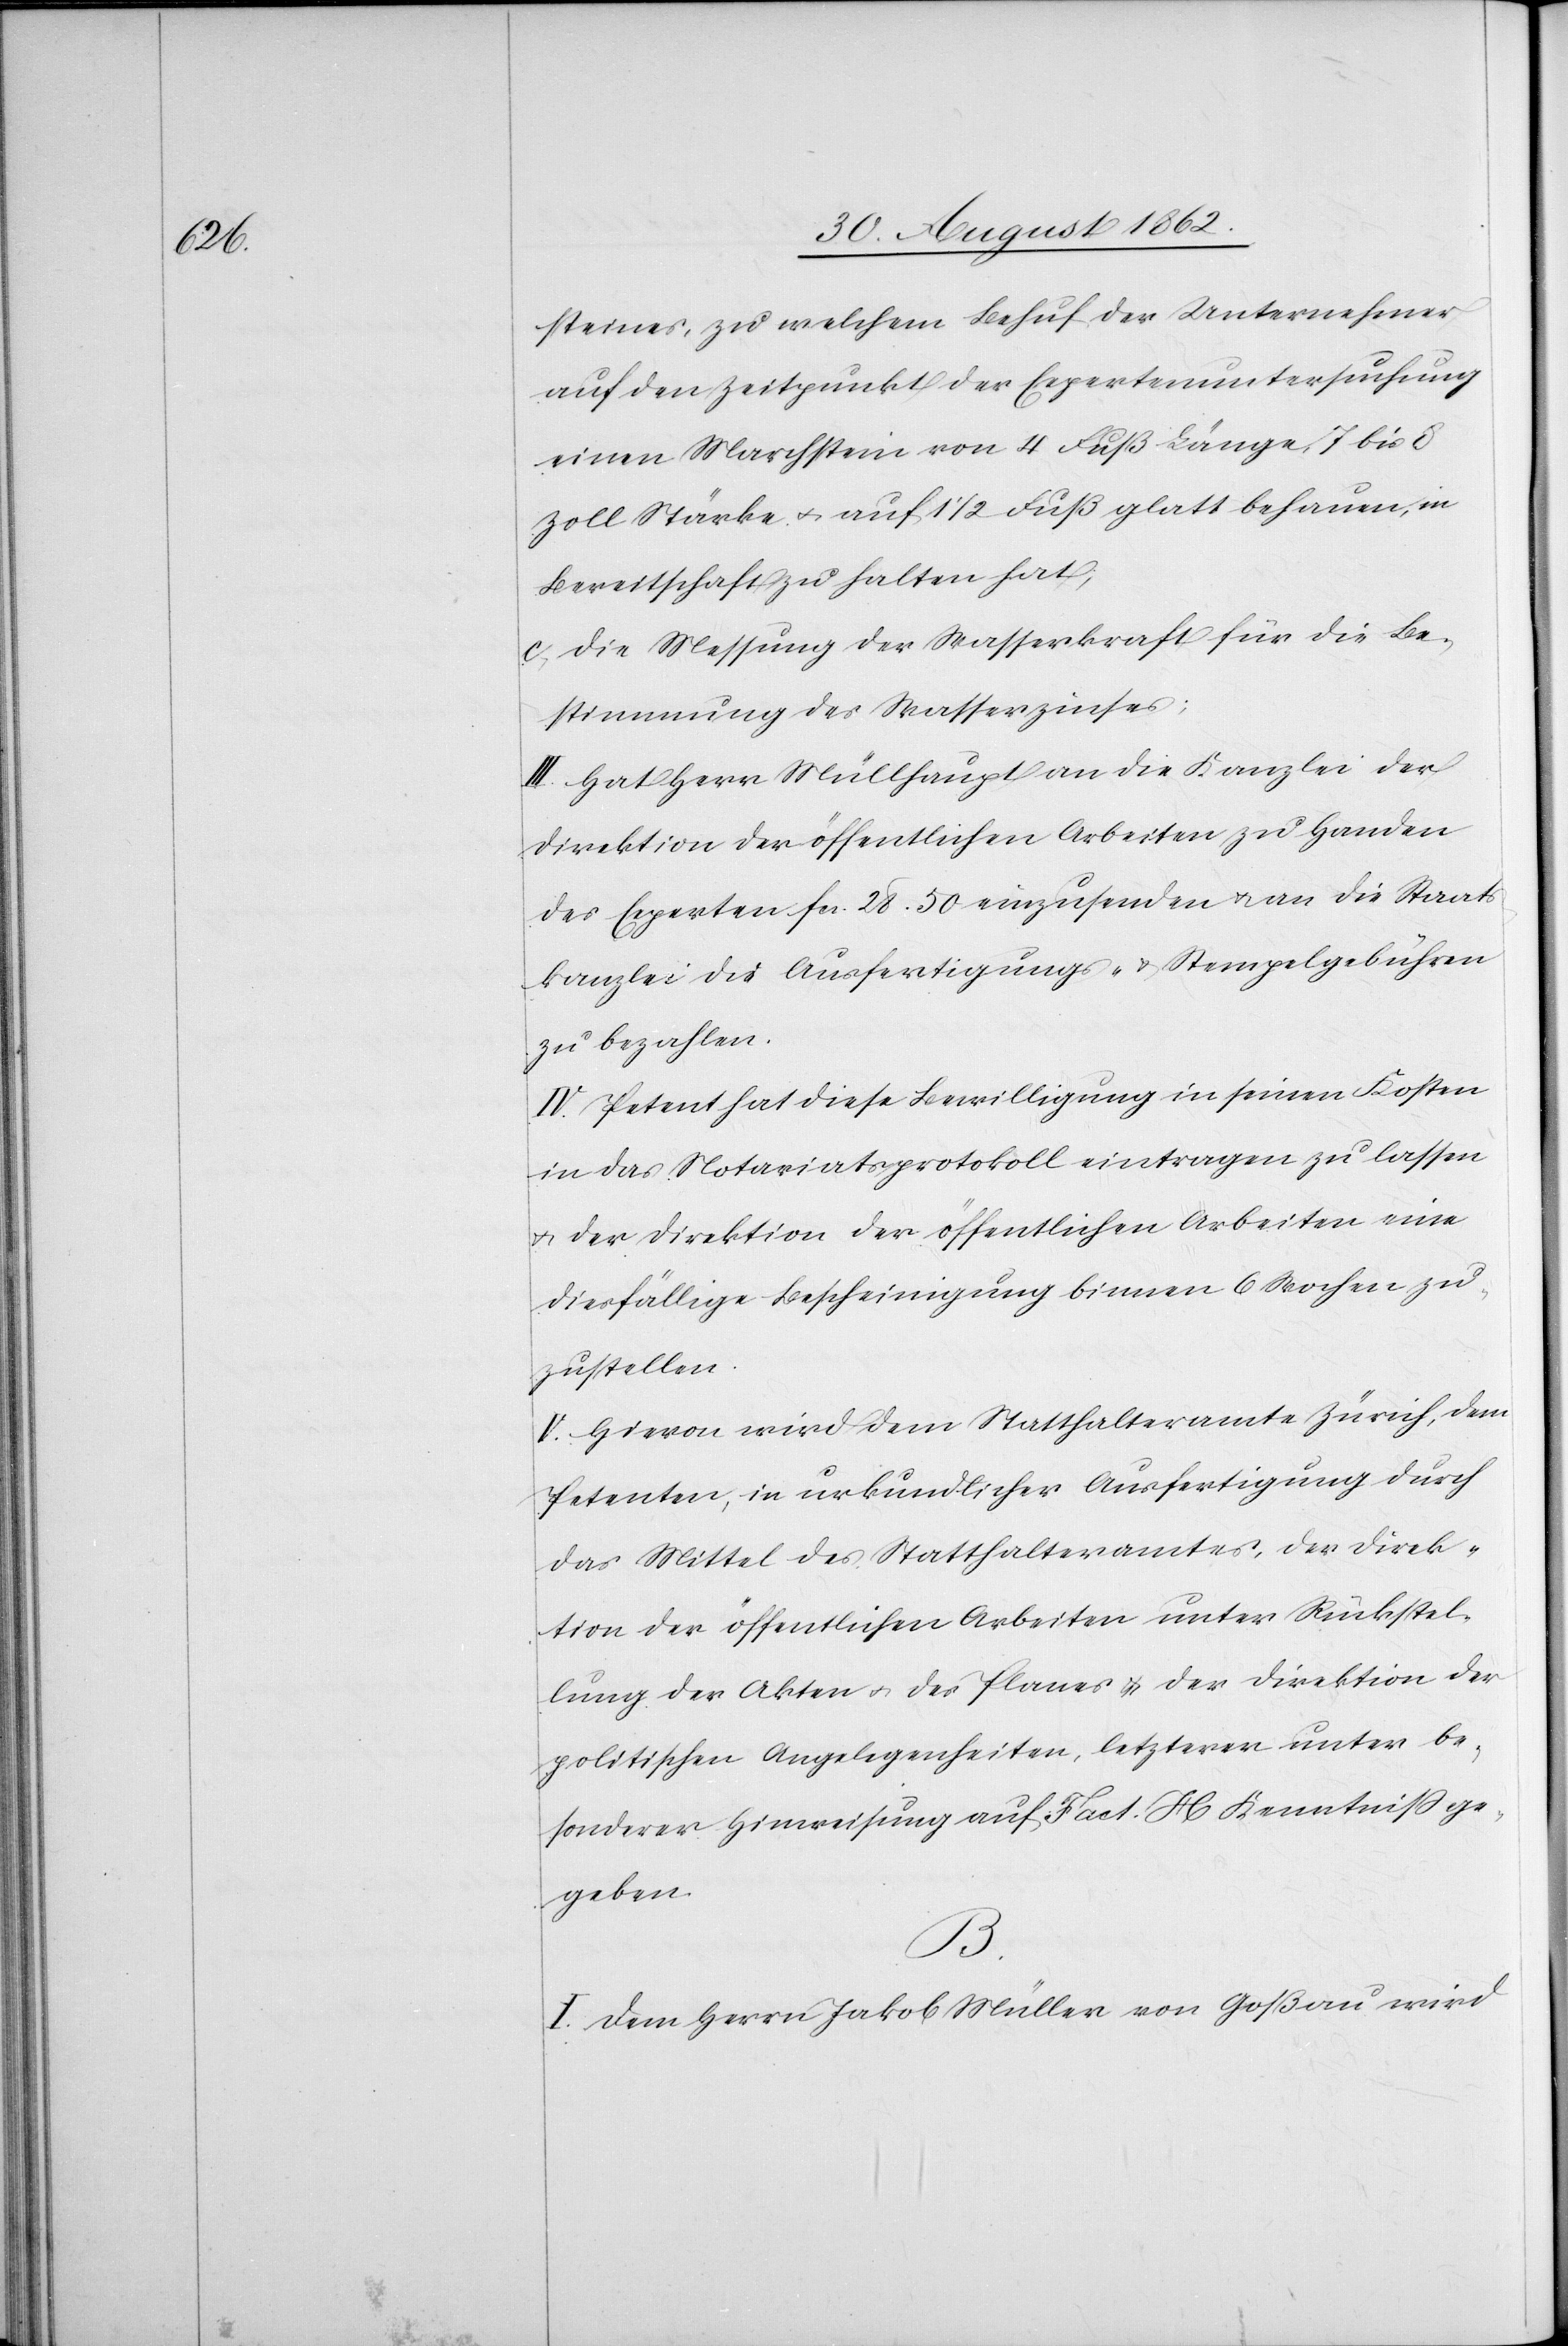
steines, zu welchem Behuf der Unternehmer
auf den Zeitpunkt der Expertenuntersuchung
einen Marchstein von 4 Fuß Länge, 7 bis 8
Zoll Stärke u. auf 1 1/2 Fuß glatt behauen, in
Bereitschaft zu halten hat;
c) Die Messung der Wasserkraft für die Be¬
stimmung des Wasserzinses;
III. Hat Herr Müllhaupt an die Kanzlei der
Direktion der öffentlichen Arbeiten zu Handen
des Experten fcs. 28. 50 einzusenden u. an die Staats¬
kanzlei die Ausfertigungs- u. Stempelgebühren
zu bezahlen.
IV. Petent hat diese Bewilligung in seinen Kosten
in das Notariatsprotokoll eintragen zu lassen
u. der Direktion der öffentlichen Arbeiten eine
diesfällige Bescheinigung binnen 6 Wochen zu¬
zustellen.
V. Hievon wird dem Statthalteramte Zürich, dem
Petenten, in urkundlicher Ausfertigung durch
das Mittel des Statthalteramtes, der Direk¬
tion der öffentlichen Arbeiten unter Rückstel¬
lung der Akten u. des Planes u. der Direktion der
politischen Angelegenheiten, letzteren unter be¬
sonderer Hinweisung auf Fact. H Kenntniß ge¬
geben.
B.
I. Dem Herrn Jakob Müller von Goßau wird